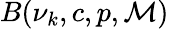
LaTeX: B(\nu_{k},c,p,\mathcal{M})